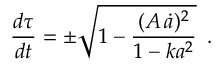
\frac { d \tau } { d t } = \pm \sqrt { 1 - \frac { ( A \, \dot { a } ) ^ { 2 } } { 1 - k a ^ { 2 } } } \, \, \, .